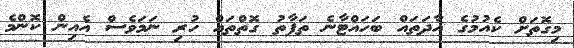
މިގޮތަށް ކެއުމުގެ އާދަތައް ބަހައްޓާނެ ތަފާތު ގޮތްތައް ހުރި ނަމަވެސް އެއިން ކޮންމެ